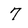
Character: 7